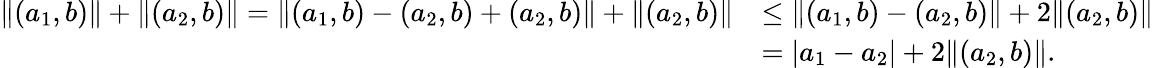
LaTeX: \begin{array}{rl}{\lVert(a_{1},b)\rVert+\lVert(a_{2},b)\rVert=\lVert(a_{1},b)-(a_{2},b)+(a_{2},b)\rVert+\lVert(a_{2},b)\rVert}&{\leq\lVert(a_{1},b)-(a_{2},b)\rVert+2\lVert(a_{2},b)\rVert}\\ &{=|a_{1}-a_{2}|+2\lVert(a_{2},b)\rVert.}\end{array}